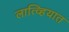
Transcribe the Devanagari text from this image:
लात्व्हियात